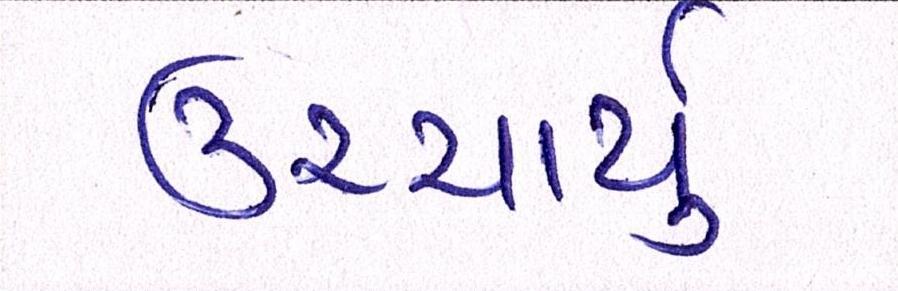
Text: ઉચ્ચાર્યું